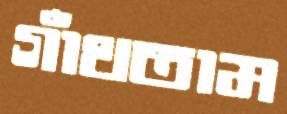
গাঁথতাম